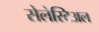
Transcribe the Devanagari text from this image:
सेलेस्टिअल